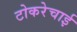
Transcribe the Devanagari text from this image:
टोकरेचाई